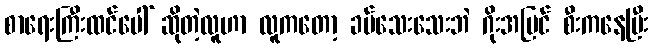
စာရေးကြီးထင်ပေါ် ဆိုတဲ့လူဟာ လူကတော့ ခပ်သေးသေးဘဲ ဂိုးအပြင် စီးကနေပြီး